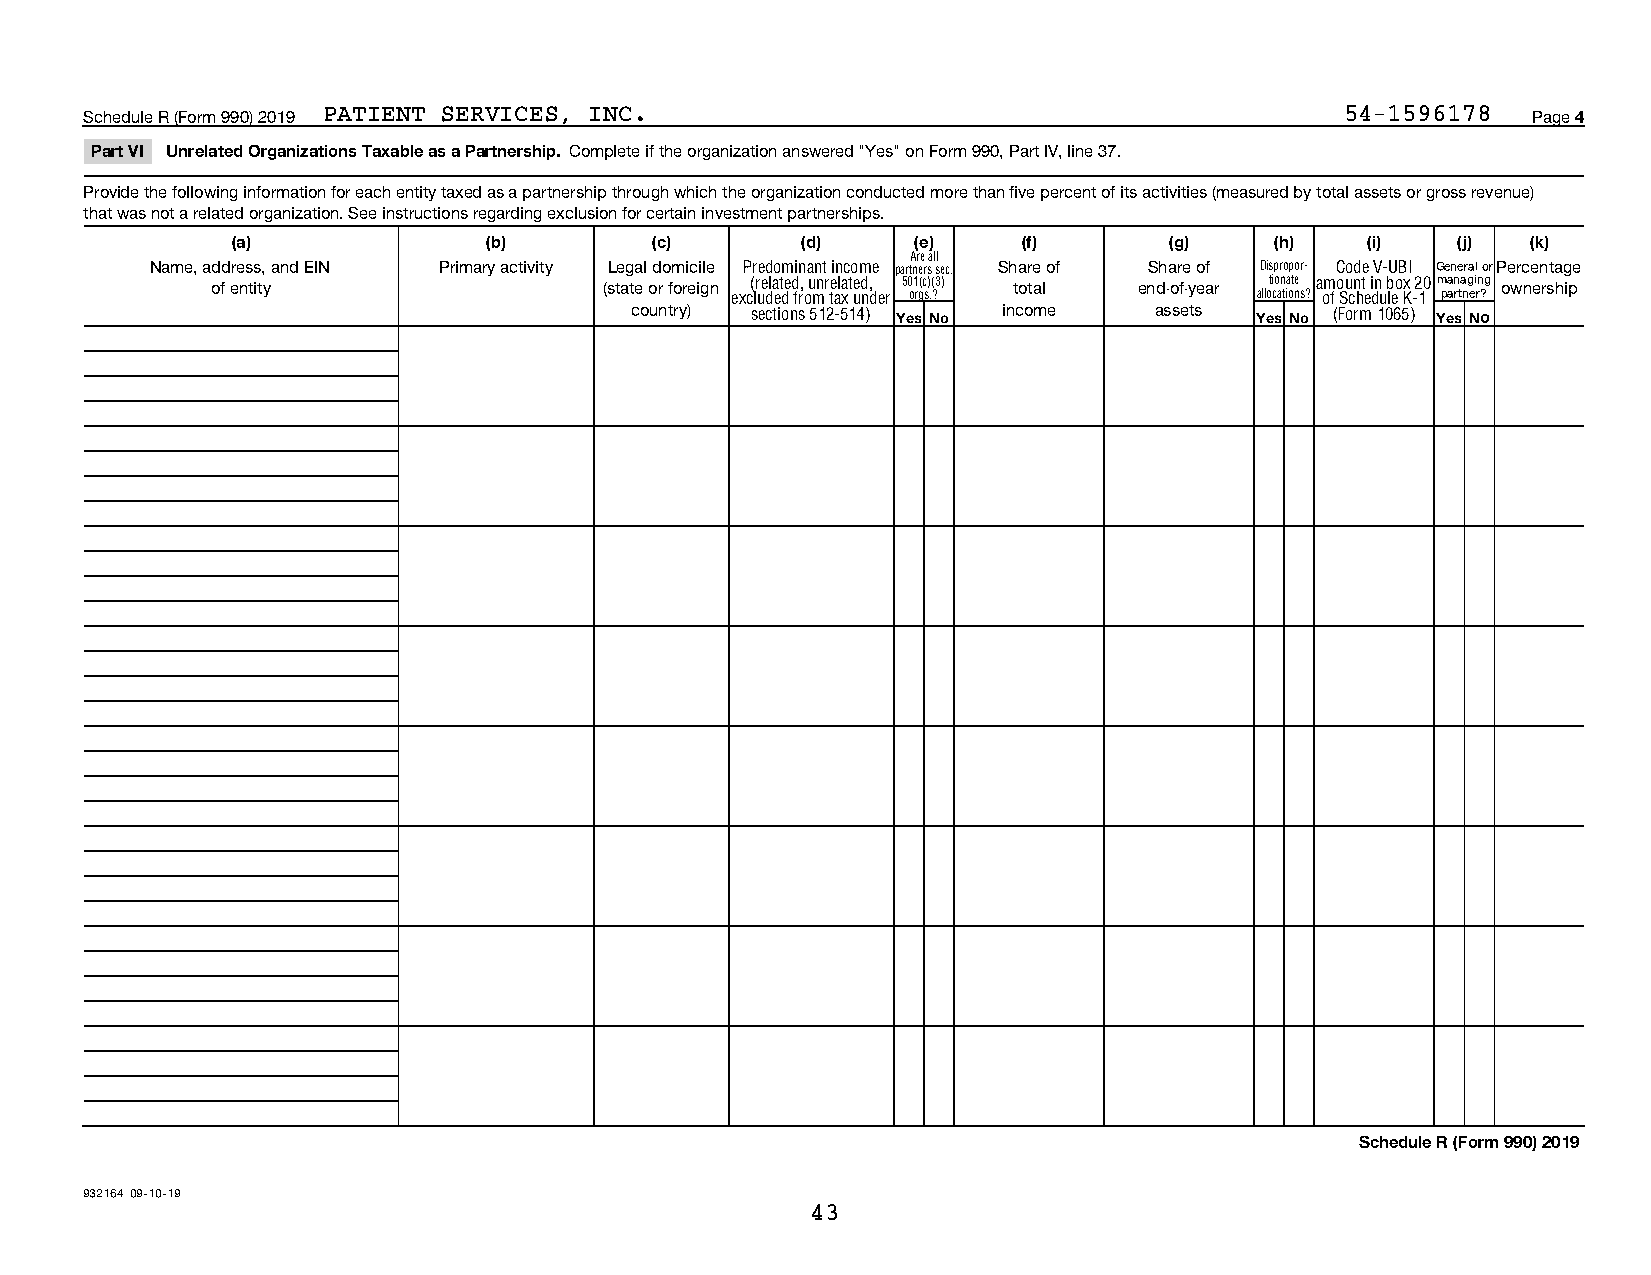
Schedule R (Form 990) 2019 PATIENT SERVICES, INC.                                  54-1596178  Page 4
 Part VI Unrelated Organizations Taxable as a Partnership. Complete if the organization answered "Yes" on Form 990, Part IV, line 37.
 Provide the following information for each entity taxed as a partnership through which the organization conducted more than five percent of its activities (measured by total assets or gross revenue)
 that was not a related organization. See instructions regarding exclusion for certain investment partnerships.
 (a)              (b)        (c)       (d)     (e)    (f)      (g)    (h)   (i)   (j)  (k)
 Are all
 Name, address, and EIN Primary activity Legal domicile Predominant income partners sec. Share of Share of Dispropor- Code V-UBI General orPercentage
 of entity                 (state or foreign (related, unrelated, 501(c)(3) total end-of-year tionate amount in box 20managing ownership
 excluded from tax under orgs.?     allocations? of Schedule K-1 partner?
 country) sections 512-514) Yes No income assets Yes No (Form 1065) Yes No
 Schedule R (Form 990) 2019
 932164 09-10-19
 43